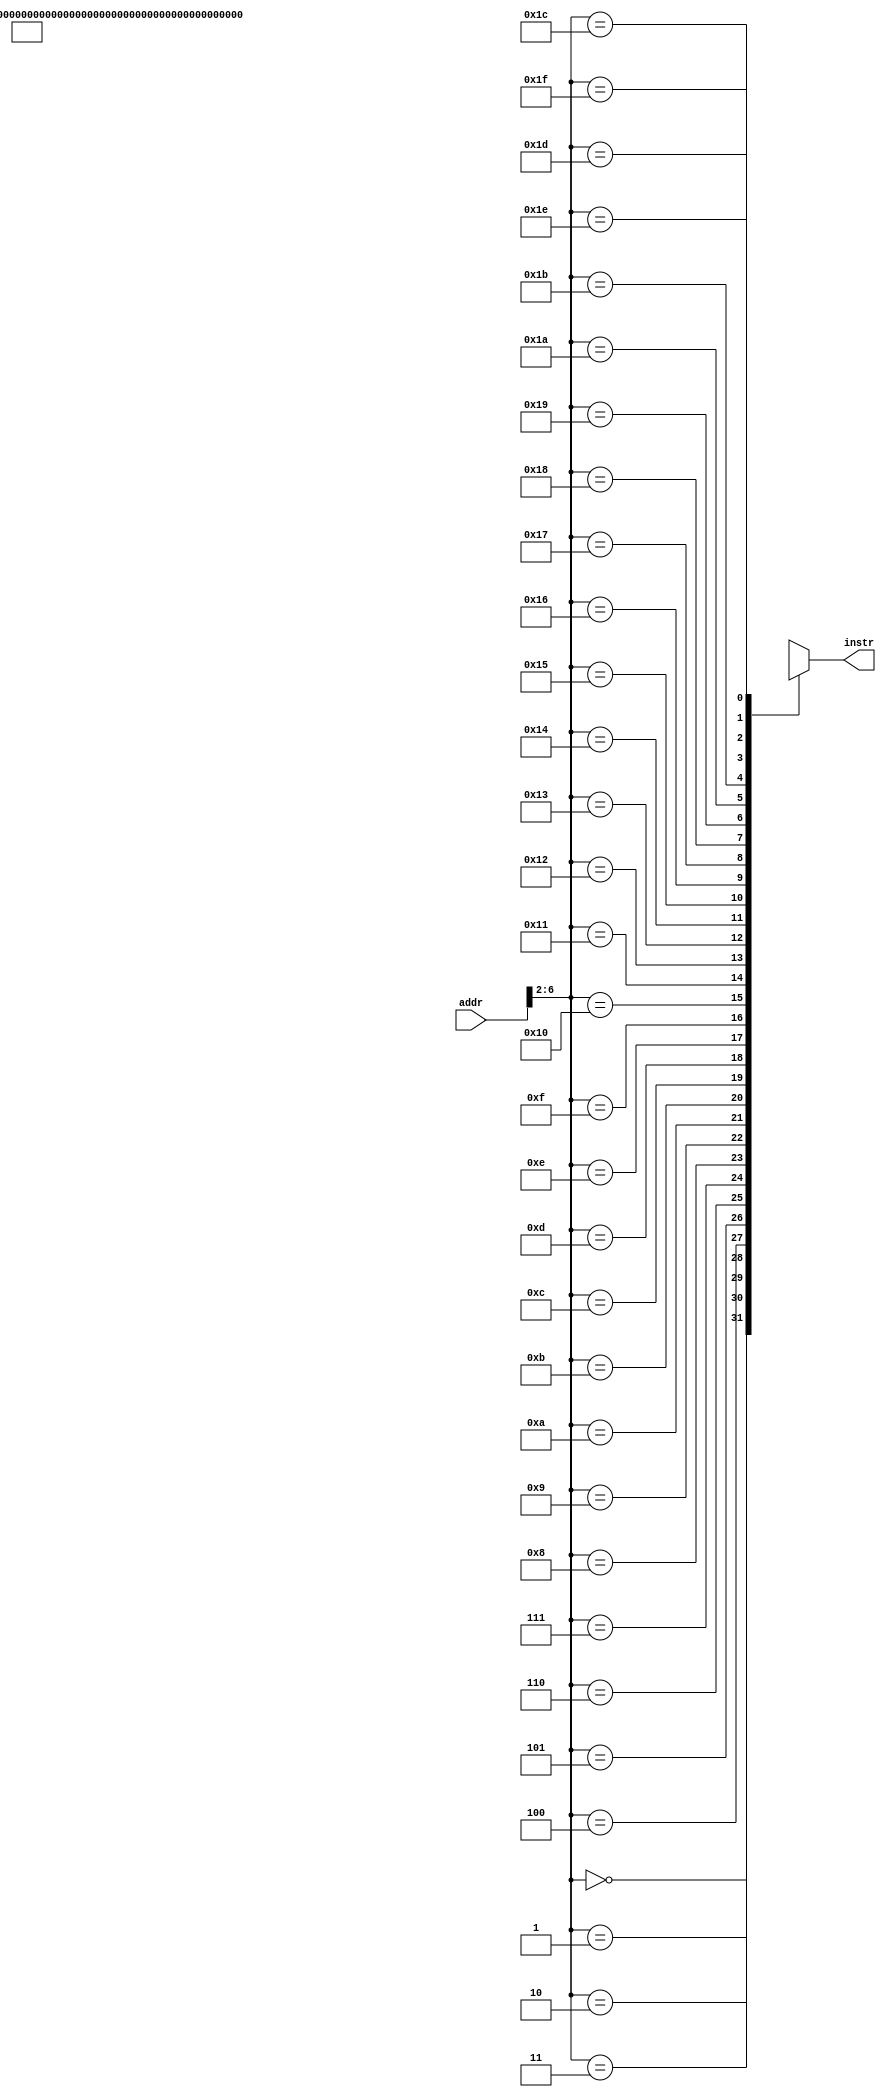
module IM(addr,instr);/*input : address in IM, output : instruction in address addr*/
    input [31:0] addr;
    output [31:0] instr;
    wire[31:0]Rom[31:0];
        assign Rom[5'h00]=32'b000000_00001_00010_00000_00000_100000;//add $1,$2,$0
        assign Rom[5'h01]=32'b000000_00011_00010_00000_00000_100010;//sub
        assign Rom[5'h02]=32'b000000_00000_00001_00010_00000_100100;//and
        assign Rom[5'h03]=32'b000000_00000_00001_00010_00000_100101;//or
        assign Rom[5'h04]=32'b000000_00010_00011_00000_00000_101010;//slt
        //assign Rom[5'h05]=32'b000010_00000_00000_00000_00000_000000;//J 0
        assign Rom[5'h05]=32'b100011_00011_00000_0000_0000_0001_0000;//lw
        assign Rom[5'h06]=32'b101011_00011_00001_0000_0000_0001_0000;//sw
        assign Rom[5'h07]=32'b000100_00001_00010_1111_1111_1111_1110;//beq
        assign Rom[5'h08]=32'b000010_00000_00000_00000_00000_000000;//J 0
    assign instr = Rom[addr[6:2]];
endmodule